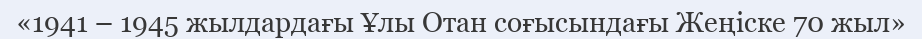
«1941 – 1945 жылдардағы Ұлы Отан соғысындағы Жеңіске 70 жыл»